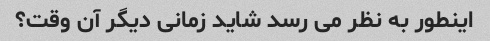
اینطور به نظر می رسد شاید زمانی دیگر آن وقت؟